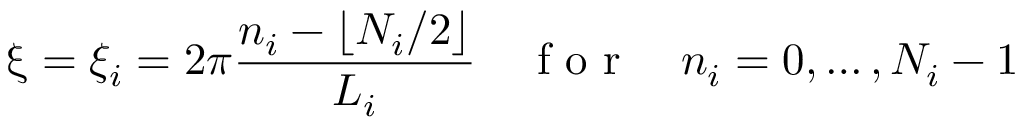
\boldsymbol { \upxi } = \xi _ { i } = 2 \pi \frac { n _ { i } - \lfloor N _ { i } / 2 \rfloor } { L _ { i } } \quad \mathrm { ~ f ~ o ~ r ~ } \quad n _ { i } = 0 , \dots , N _ { i } - 1